Mental hospitals Bombay report 1929-33 - 1929-1933
Year: 1929
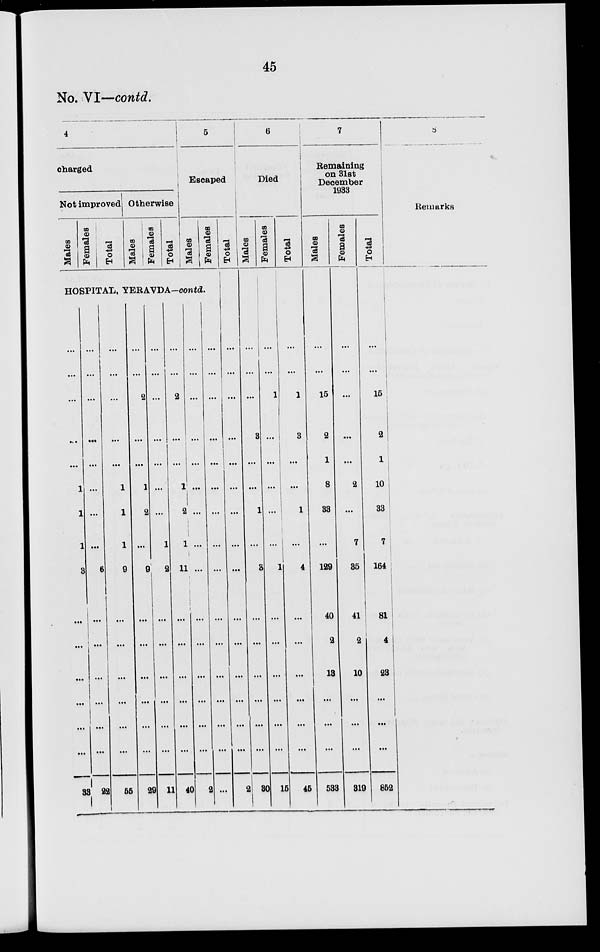
45
No. VI—contd.
4
charged
Not improved
Males
Females
Total
Otherwise
Males
Females
Total
5
Escaped
Males
Females
HOSPITAL, YERAVDA—contd.
...
...
...
...
...
1
1
1
3
...
...
...
...
...
...
33
...
...
...
...
...
...
...
...
6
...
...
...
...
...
...
22
...
...
...
...
...
1
1
1
9
...
...
...
...
...
55
...
...
2
...
...
1
2
...
9
...
...
...
...
...
...
29
...
...
...
...
...
...
...
1
2
...
...
...
...
...
...
11
...
...
2
...
...
1
2
1
11
...
...
...
...
...
40
...
...
...
...
...
...
...
...
...
...
...
...
...
2
...
...
...
...
...
...
...
...
...
...
...
...
...
...
...
...
Total
...
...
...
...
...
...
...
...
...
...
...
...
...
...
...
2
6
Died
Males
...
...
...
3
...
...
1
...
3
...
...
...
...
...
...
30
Females
...
...
1
...
...
...
...
...
1
...
...
...
...
...
...
15
Total
...
...
1
3
...
...
1
...
4
...
...
...
...
...
...
45
7
Remaining
on 31st
December
1933
Males
...
...
15
2
1
8
33
...
129
40
2
13
...
...
...
533
Females
...
...
...
...
...
2
...
7
35
41
2
10
...
...
...
319
Total
...
...
15
2
1
10
33
7
164
81
4
23
...
...
...
852
5
Remarks